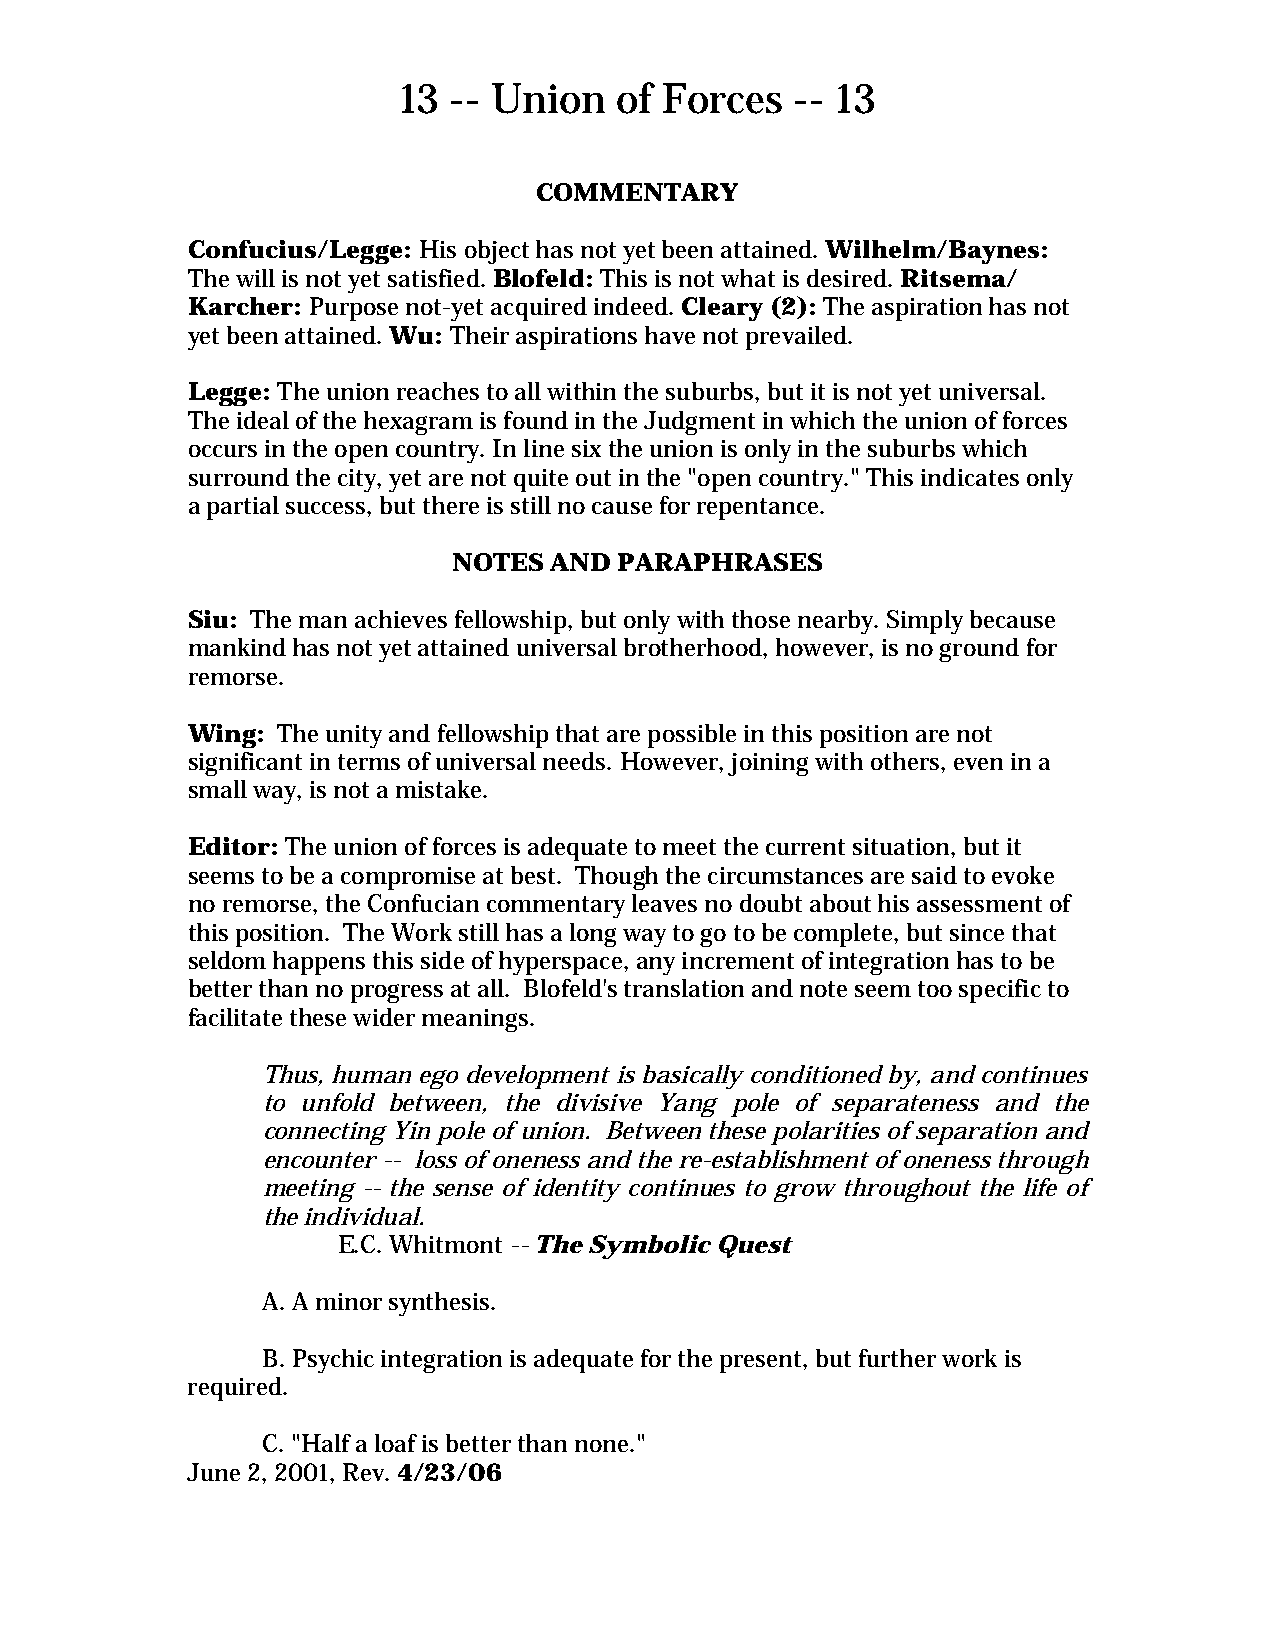
13  -- Union   of Forces   -- 13
 COMMENTARY
 Confucius/Legge: His object has not yet been attained. Wilhelm/Baynes:
 The will is not yet satisfied. Blofeld: This is not what is desired. Ritsema/
 Karcher: Purpose not-yet acquired indeed. Cleary (2): The aspiration has not
 yet been attained. Wu: Their aspirations have not prevailed.
 Legge: The union reaches to all within the suburbs, but it is not yet universal.
 The ideal of the hexagram is found in the Judgment in which the union of forces
 occurs in the open country. In line six the union is only in the suburbs which
 surround the city, yet are not quite out in the "open country." This indicates only
 a partial success, but there is still no cause for repentance.
 NOTES AND  PARAPHRASES
 Siu: The man achieves fellowship, but only with those nearby. Simply because
 mankind has not yet attained universal brotherhood, however, is no ground for
 remorse.
 Wing: The unity and fellowship that are possible in this position are not
 significant in terms of universal needs. However, joining with others, even in a
 small way, is not a mistake.
 Editor: The union of forces is adequate to meet the current situation, but it
 seems to be a compromise at best. Though the circumstances are said to evoke
 no remorse, the Confucian commentary leaves no doubt about his assessment of
 this position. The Work still has a long way to go to be complete, but since that
 seldom happens this side of hyperspace, any increment of integration has to be
 better than no progress at all. Blofeld's translation and note seem too specific to
 facilitate these wider meanings.
 Thus, human ego development is basically conditioned by, and continues
 to unfold between, the divisive Yang pole of separateness and the
 connecting Yin pole of union. Between these polarities of separation and
 encounter -- loss of oneness and the re-establishment of oneness through
 meeting -- the sense of identity continues to grow throughout the life of
 the individual.
 E.C. Whitmont -- The Symbolic Quest
 A. A minor synthesis.
 B. Psychic integration is adequate for the present, but further work is
 required.
 C. "Half a loaf is better than none."
 June 2, 2001, Rev. 4/23/06